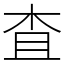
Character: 査